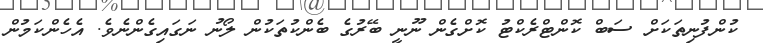
ކުންފުނިތަކަށް ސަބް ކޮންޓްރެކްޓު ކޮށްގެން ނޫނީ ބޭރުގެ ބެންކުތަކުން ލޯނު ނަގައިގެންނެވެ. އެހެންކަމުން